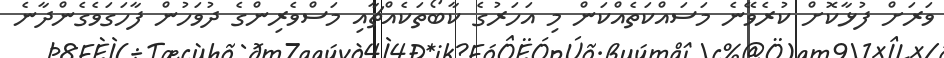
ވަރަށް ފުޅާކޮށް ކުރެވޭނެ މަސައްކަތެއްކަން މި އަހަރުގެ ކާބޯތަކެއްޗާއި މަސްވެރިންގެ ދުވަހުން ފާހަގަވެގެންދާނެ